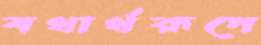
যথার্থরূপে